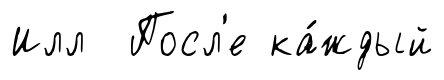
Илл Посл'е ка́ждый